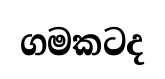
ගමකටද